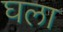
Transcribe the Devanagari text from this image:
घला